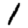
Digit: 1